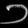
Digit: ၁